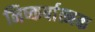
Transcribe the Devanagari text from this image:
निष्कर्षात्मक